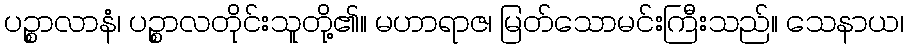
ပဉ္စာလာနံ၊ ပဉ္စာလတိုင်းသူတို့၏။ မဟာရာဇ၊ မြတ်သောမင်းကြီးသည်။ သေနာယ၊